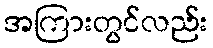
အကြားတွင်လည်း